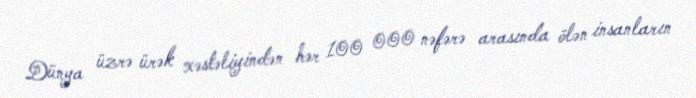
Dünya üzrə ürək xəstəliyindən hər 100 000 nəfərə arasında ölən insanların